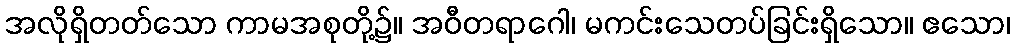
အလိုရှိတတ်သော ကာမအစုတို့၌။ အဝီတရာဂေါ၊ မကင်းသေတပ်ခြင်းရှိသော။ ဧသော၊